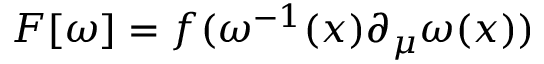
F [ \omega ] = f ( \omega ^ { - 1 } ( x ) \partial _ { \mu } \omega ( x ) )